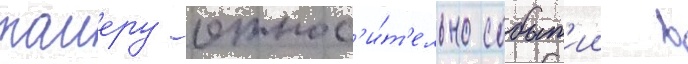
таиеру относ'и́т'ельно событ'ии в